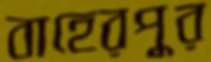
বাহেরপুর